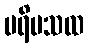
ပရိမသထ